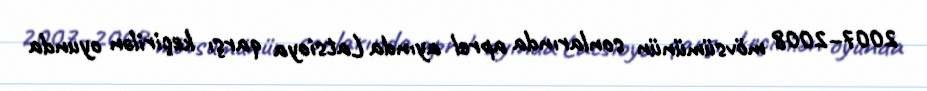
2007–2008 mövsümünün sonlarında aprel ayında Latsioya qarşı keçirilən oyunda